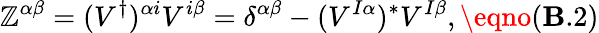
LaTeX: \mathbb{Z}^{{\alpha}{\beta}}=(V^{\dagger})^{{\alpha}i}V^{i{\beta}}={\delta}^{{\alpha}{\beta}}-(V^{I{\alpha}})^{*}V^{I{\beta}},\eqno(\mathbf{B}.2)